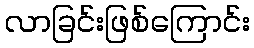
လာခြင်းဖြစ်ကြောင်း